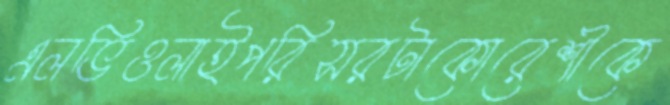
এলভিওলাইপরিসরটাকোরেশীকে